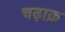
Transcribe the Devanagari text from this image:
चढ़ाक्र